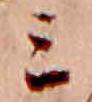
ミ